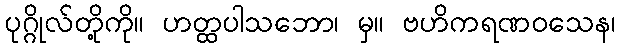
ပုဂ္ဂိုလ်တို့ကို။ ဟတ္ထပါသဘော၊ မှ။ ဗဟိကရဏဝသေန၊